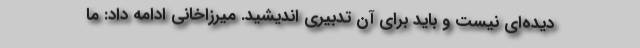
دیده‌ای نیست و باید برای آن تدبیری اندیشید. میرزاخانی ادامه داد: ما